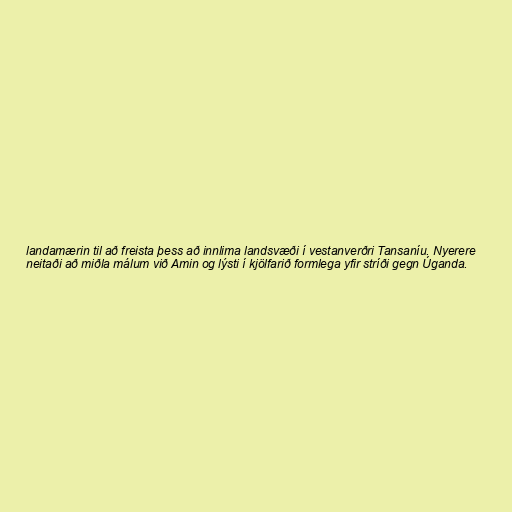
landamærin til að freista þess að innlima landsvæði í vestanverðri Tansaníu. Nyerere
neitaði að miðla málum við Amin og lýsti í kjölfarið formlega yfir stríði gegn Úganda.